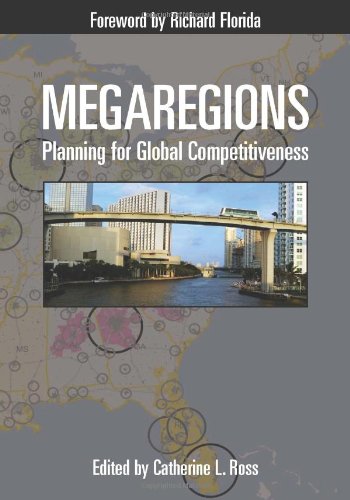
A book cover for Megaregions: Planning for Global Competitiveness; Arts & Photography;